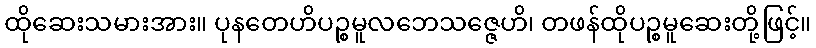
ထိုဆေးသမားအား။ ပုနတေဟိပဉ္စမူလဘေသဇ္ဇေဟိ၊ တဖန်ထိုပဉ္စမူဆေးတို့ဖြင့်။